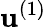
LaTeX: \mathbf{u}^{(1)}